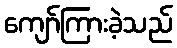
ကျော်ကြားခဲ့သည်